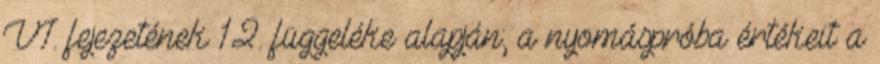
VI. fejezetének 12. függeléke alapján; a nyomáspróba értékeit a